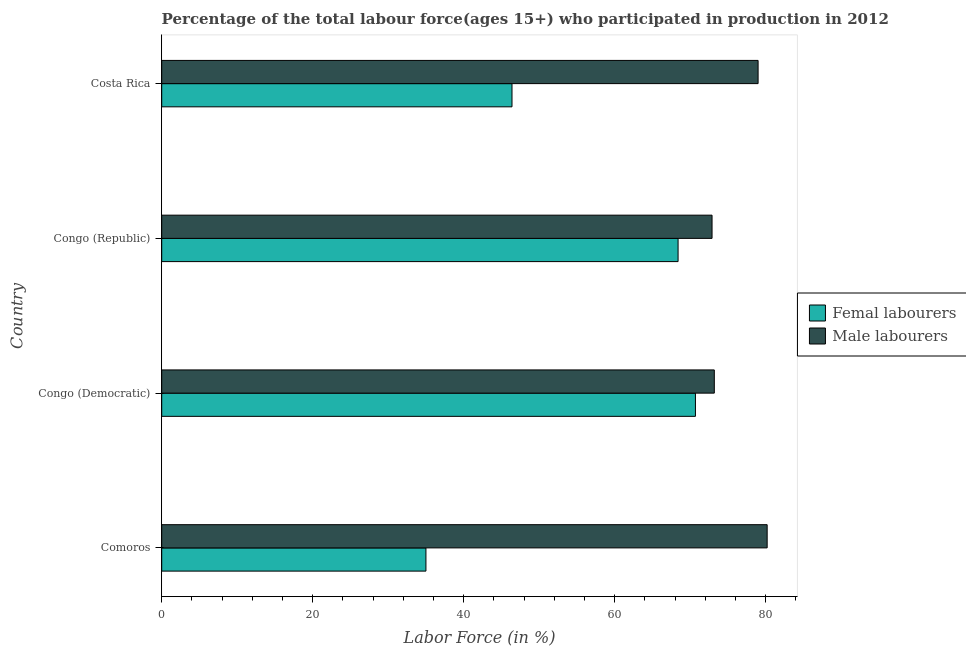
| Country | Femal labourers | Male labourers |
 | --- | --- | --- |
 | Comoros | 35 | 80.2 |
 | Congo (Democratic) | 70.7 | 73.2 |
 | Congo (Republic) | 68.4 | 72.9 |
 | Costa Rica | 46.4 | 79 |